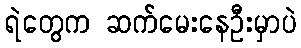
ရဲတွေက ဆက်မေးနေဦးမှာပဲ